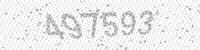
Solution: 497593